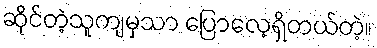
ဆိုင်တဲ့သူကျမှသာ ပြောလေ့ရှိတယ်တဲ့။